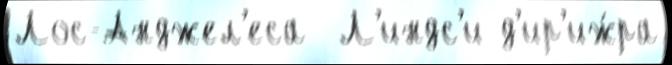
Лос-Анджел'еса  Л'индс'и д'ир'иж́ра